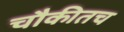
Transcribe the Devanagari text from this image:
चौकीतच